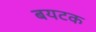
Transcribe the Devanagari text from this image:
बयटक